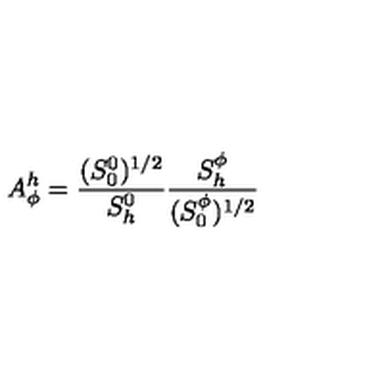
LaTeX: A _ { \phi } ^ { h } = \frac { ( S _ { 0 } ^ { 0 } ) ^ { 1 / 2 } } { S _ { h } ^ { 0 } } \frac { S _ { h } ^ { \phi } } { ( S _ { 0 } ^ { \phi } ) ^ { 1 / 2 } }